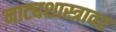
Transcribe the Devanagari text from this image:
नाट्यशास्त्रावर